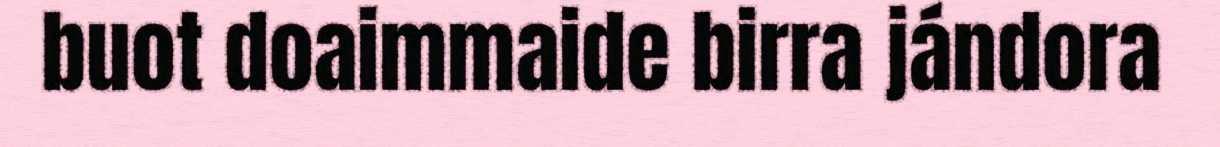
buot doaimmaide birra jándora